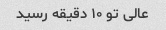
عالی تو ۱۰ دقیقه رسید